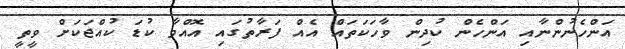
އަންހެނުންނާއި އަންހެން ކުދިން ވާހަކަތައް އެއް ފަރާތުގައި އޮއްވާ ކުޑަ ކުއްޖަކަށް ވީތީ